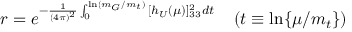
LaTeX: r = e ^ { - \frac { 1 } { ( 4 \pi ) ^ { 2 } } \int _ { 0 } ^ { \ln ( m _ { G } / m _ { t } ) } { [ h _ { U } ( \mu ) ] _ { 3 3 } ^ { 2 } d t } } \; \; \; \; ( t \equiv \ln \{ \mu / m _ { t } \} )